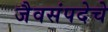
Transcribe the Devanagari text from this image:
जैवसंपदेचे